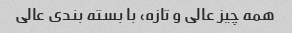
همه چیز عالی و تازه، با بسته بندی عالی